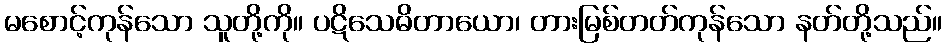
မစောင့်ကုန်သော သူတို့ကို။ ပဋိသေဓိတာယော၊ တားမြစ်တတ်ကုန်သော နတ်တို့သည်။